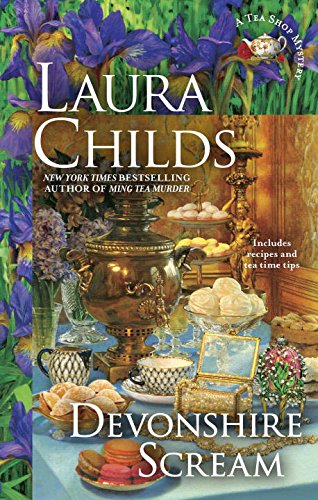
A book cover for Devonshire Scream: A Tea Shop Mystery; Laura Childs; Mystery, Thriller & Suspense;